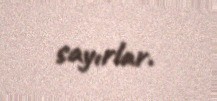
sayırlar.